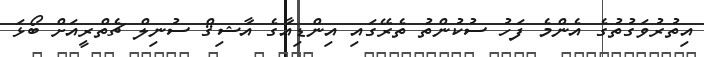
އިތުރުވަގުތުގެ އެންމެ ފަހު ސުކުންތު ތެރޭގައި އިންޑިއާގެ އާޝިޤް ސުނިލް ޗެތްރީއަށް ބޯޅަ